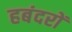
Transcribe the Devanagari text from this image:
हबंदरों